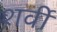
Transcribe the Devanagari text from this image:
शर्वी